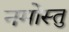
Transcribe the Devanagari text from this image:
नमोस्तु